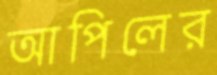
আপিলের